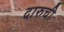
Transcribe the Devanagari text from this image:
दारुची